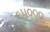
૬૫૦૦૦